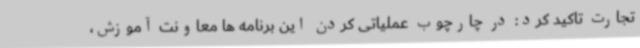
تجارت تاکید کرد: در چارچوب عملیاتی کردن این برنامه ها معاونت آموزش،